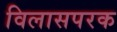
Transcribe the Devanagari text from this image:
विलासपरक